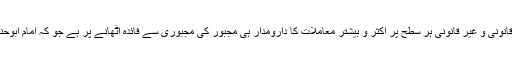
مگر ہمارے ہاں سرکاری و غیر سرکاری اور قانونی و غیر قانونی ہر سطح پر اکثر و بیشتر معاملات کا دارومدار ہی مجبور کی مجبوری سے فائدہ اٹھانے پر ہے جو کہ امام ابوحنیفہؒ کے نزدیک اسلامی اصولوں کے منافی ہے۔